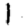
Digit: 1